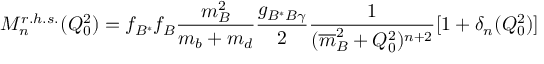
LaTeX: M _ { n } ^ { r . h . s . } ( Q _ { 0 } ^ { 2 } ) = f _ { B ^ { \ast } } f _ { B } { \frac { m _ { B } ^ { 2 } } { m _ { b } + m _ { d } } } { \frac { g _ { B ^ { \ast } B \gamma } } { 2 } } { \frac { 1 } { ( { \overline { { m } } } _ { B } ^ { 2 } + Q _ { 0 } ^ { 2 } ) ^ { n + 2 } } } [ 1 + \delta _ { n } ( Q _ { 0 } ^ { 2 } ) ]